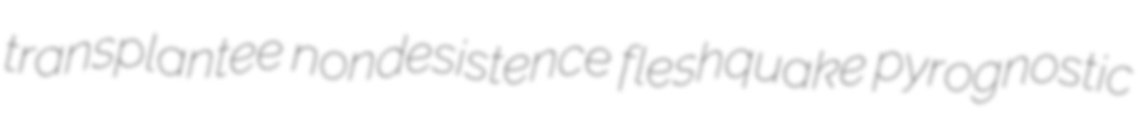
transplantee nondesistence fleshquake pyrognostic